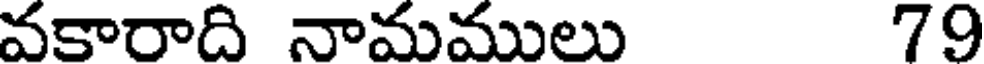
వకారాది నామములు 79